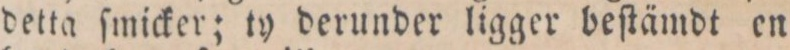
detta ſmicker; ty derunder ligger beſtämdt en